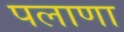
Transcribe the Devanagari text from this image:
पलाणा